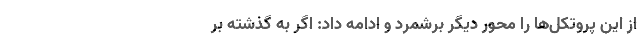
از این پروتکل‌ها را محور دیگر برشمرد و ادامه داد: اگر به گذشته بر